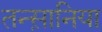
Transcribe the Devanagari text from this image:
तन्स़ानिया